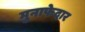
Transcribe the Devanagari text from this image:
मुनाफेदार